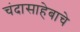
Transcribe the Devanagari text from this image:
चंदासाहेबाचे